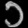
Digit: ၁